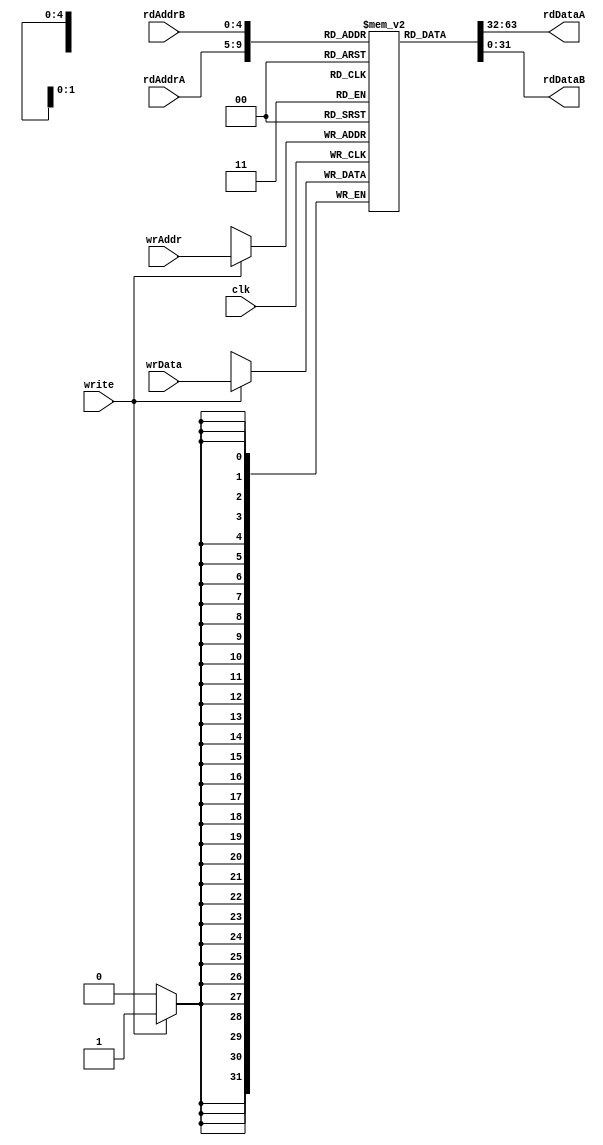
module registerbank
    (input clk,
     input write,
     input [4:0] wrAddr,
     input [31:0] wrData,
     input [4:0] rdAddrA,
     output [31:0] rdDataA,
     input [4:0] rdAddrB,
     output [31:0] rdDataB);

    reg [31:0] mem [0:31];

    assign rdDataA = mem[rdAddrA];
    assign rdDataB = mem[rdAddrB];

    always @(posedge clk) begin
        if (write)
            mem[wrAddr] <= wrData;
    end // clk
endmodule